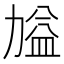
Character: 𭄷